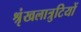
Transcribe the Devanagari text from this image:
श्रृंखलात्रुटियों